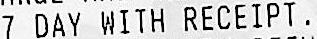
7 DAY WITH RECEIPT.